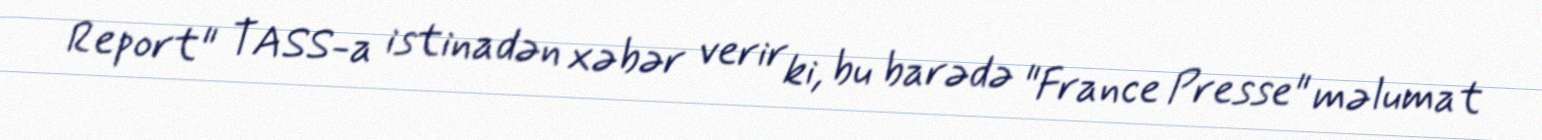
Report" TASS-a istinadən xəbər verir ki, bu barədə "France Presse" məlumat